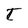
Character: T